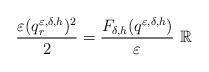
LaTeX: \begin{align*}\frac{\varepsilon ( q^{\varepsilon,\delta,h} _r)^2 }{2} = \frac{F_{\delta,h} (q ^{\varepsilon,\delta,h})}{\varepsilon} \ \mathbb{R}\end{align*}